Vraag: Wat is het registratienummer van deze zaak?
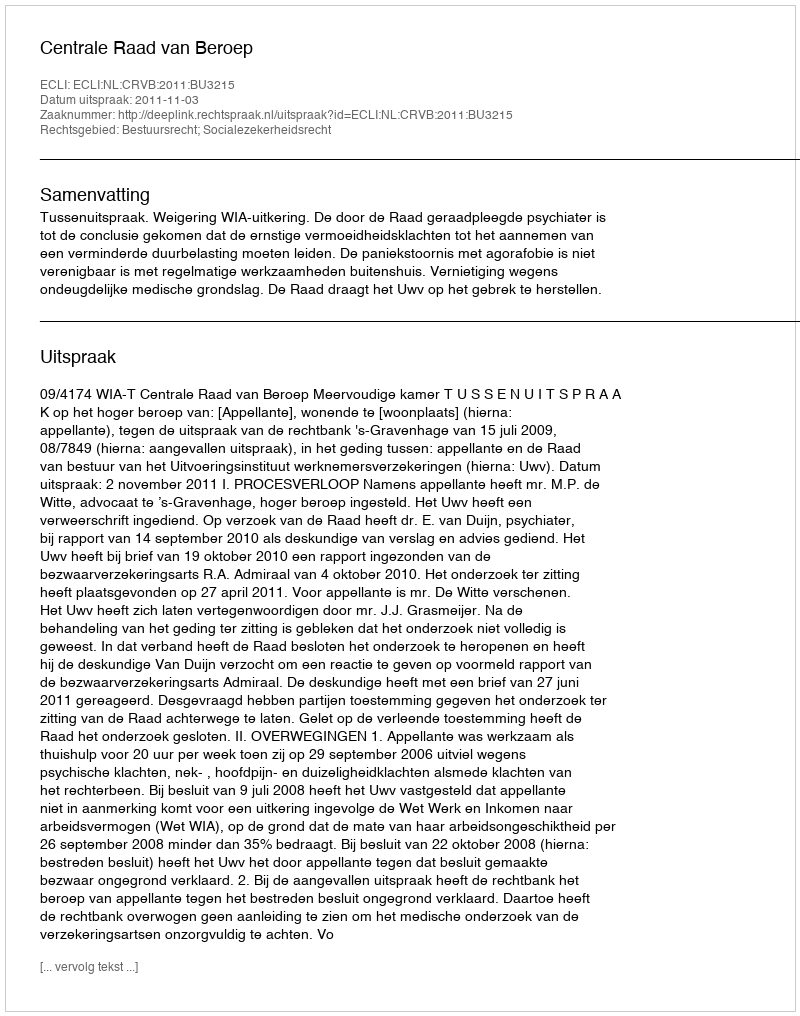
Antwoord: http://deeplink.rechtspraak.nl/uitspraak?id=ECLI:NL:CRVB:2011:BU3215